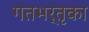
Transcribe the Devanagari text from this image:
गतभर्तृका